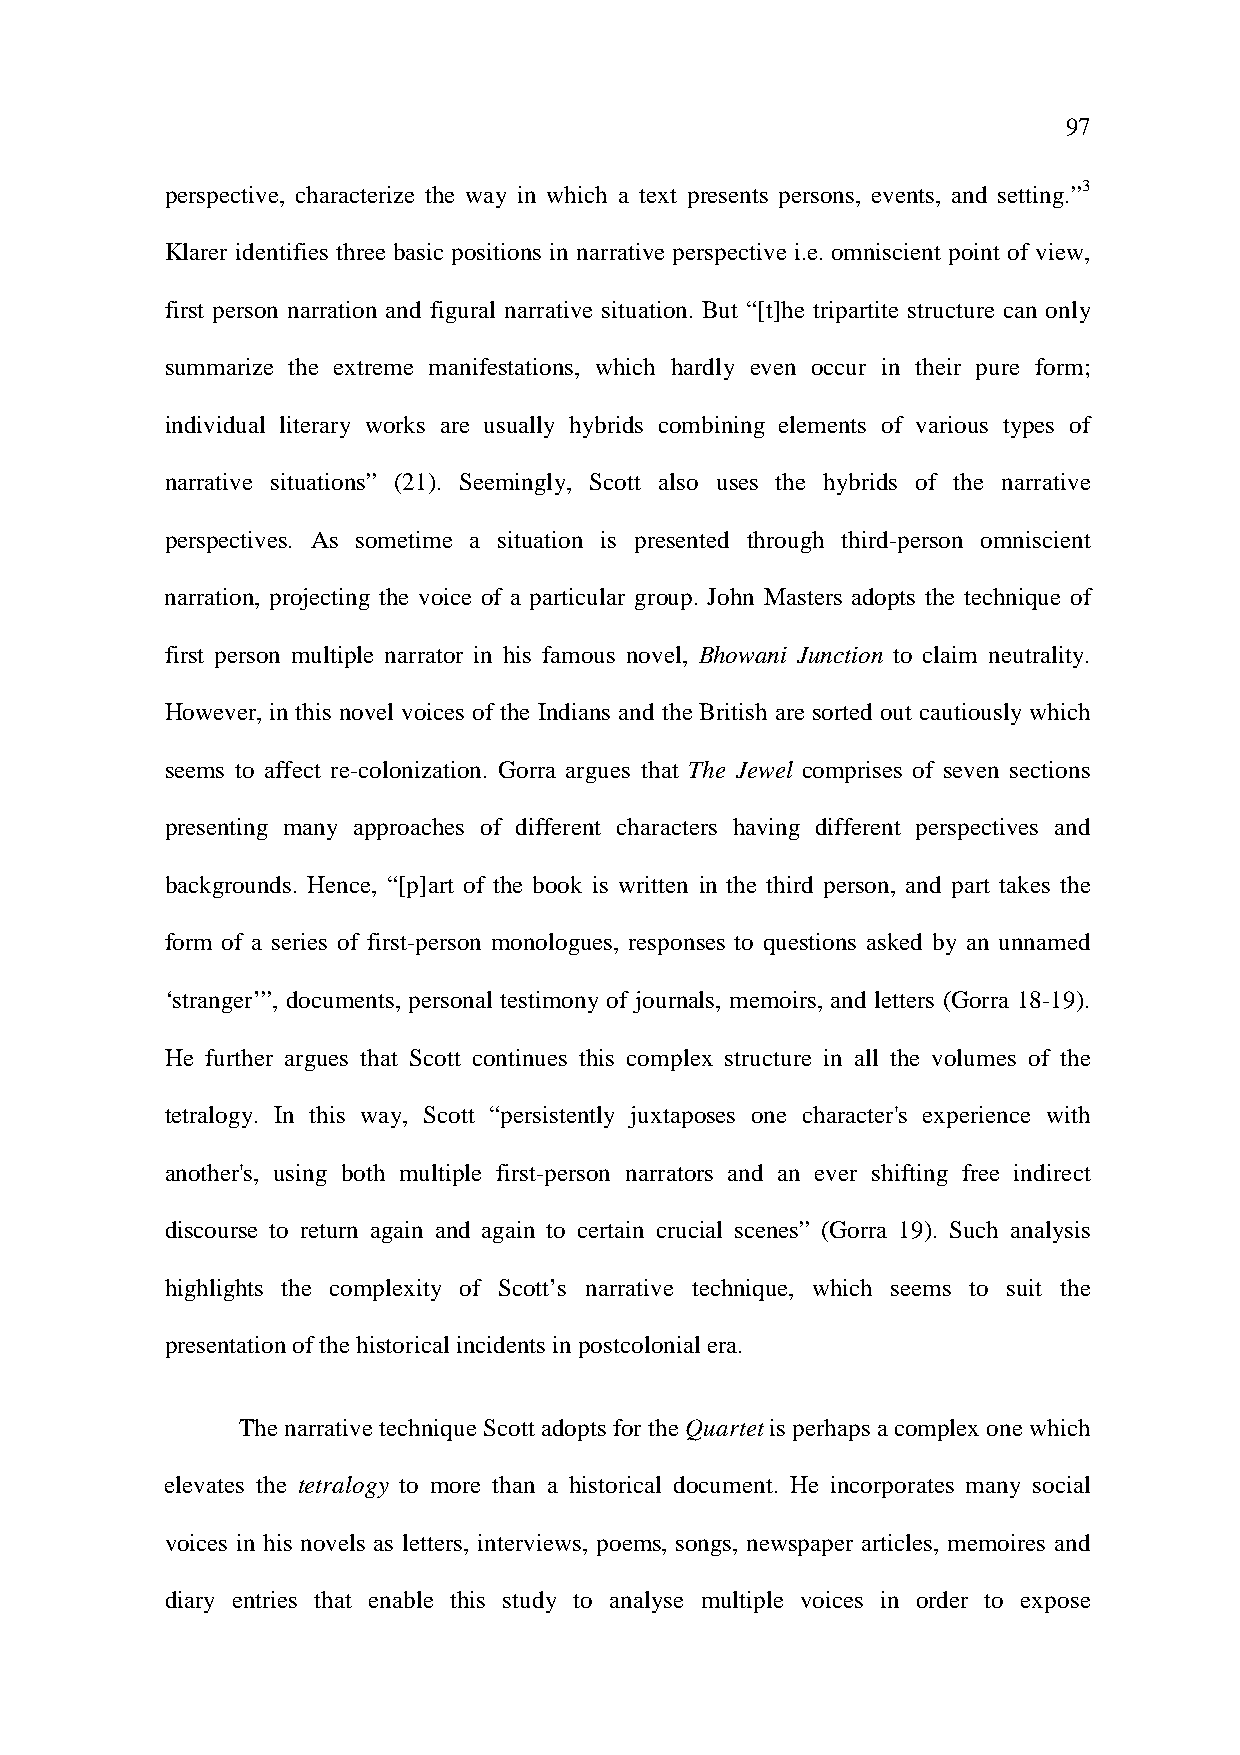
97
 perspective, characterize the way in which a text presents persons, events, and setting.”3
 Klarer identifies three basic positions in narrative perspective i.e. omniscient point of view,
 first person narration and figural narrative situation. But “[t]he tripartite structure can only
 summarize the extreme manifestations, which hardly even occur in their pure form;
 individual literary works are usually hybrids combining elements of various types of
 narrative situations” (21). Seemingly, Scott also uses the hybrids of the narrative
 perspectives. As sometime a situation is presented through third-person omniscient
 narration, projecting the voice of a particular group. John Masters adopts the technique of
 first person multiple narrator in his famous novel, Bhowani Junction to claim neutrality.
 However, in this novel voices of the Indians and the British are sorted out cautiously which
 seems to affect re-colonization. Gorra argues that The Jewel comprises of seven sections
 presenting many approaches of different characters having different perspectives and
 backgrounds. Hence, “[p]art of the book is written in the third person, and part takes the
 form of a series of first-person monologues, responses to questions asked by an unnamed
 ‘stranger’”, documents, personal testimony of journals, memoirs, and letters (Gorra 18-19).
 He further argues that Scott continues this complex structure in all the volumes of the
 tetralogy. In this way, Scott “persistently juxtaposes one character's experience with
 another's, using both multiple first-person narrators and an ever shifting free indirect
 discourse to return again and again to certain crucial scenes” (Gorra 19). Such analysis
 highlights the complexity of Scott’s narrative technique, which seems to suit the
 presentation of the historical incidents in postcolonial era.
 The narrative technique Scott adopts for the Quartet is perhaps a complex one which
 elevates the tetralogy to more than a historical document. He incorporates many social
 voices in his novels as letters, interviews, poems, songs, newspaper articles, memoires and
 diary entries that enable this study to analyse multiple voices in order to expose